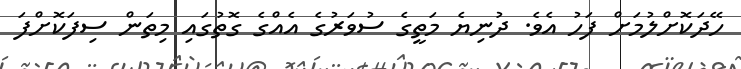
ހޭދަކޮށްލުމަށް ފަހު އެވެ. ދުނިޔެ މަތީގެ ސުވަރުގެ އެއްގެ ގޮތުގައި މިތަން ސިފަކޮށްފަ